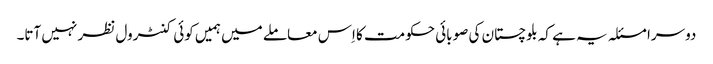
دوسرا مسئلہ یہ ہے کہ بلوچستان کی صوبائی حکومت کا اِس معاملے میں ہمیں کوئی کنٹرول نظر نہیں آتا۔